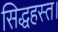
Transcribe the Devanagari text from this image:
सिद्धहस्त।